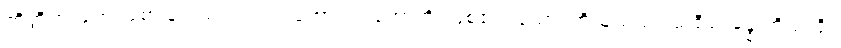
ကိတ္တိ စ၊ ကျော်စောခြင်းသည်လည်းကောင်း။ ဟောတိ၊ ဖြစ်၏။ သော၊ ထိုသူသည်။ သရီရံ၊ ခန္ဓာကိုယ်ကို။